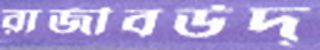
রাজীবউদ্